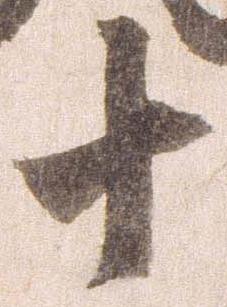
十